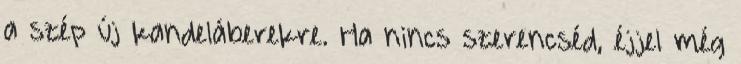
a szép új kandeláberekre. Ha nincs szerencséd, éjjel még